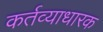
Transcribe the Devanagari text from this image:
कर्तव्याधारक